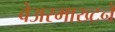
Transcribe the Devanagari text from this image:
वेअरमाख्टने